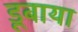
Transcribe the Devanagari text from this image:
डूबाया